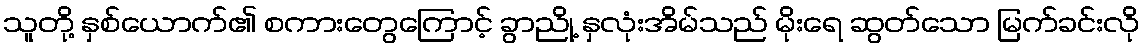
သူတို့ နှစ်ယောက်၏ စကားတွေကြောင့် ခွာညို့ နှလုံးအိမ်သည် မိုးရေ ဆွတ်သော မြက်ခင်းလို